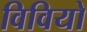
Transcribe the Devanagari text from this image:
विवियो